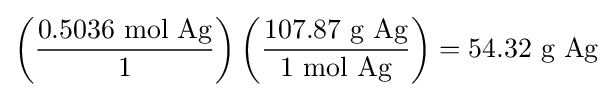
\left({\frac {0.5036{\mbox{ mol Ag}}}{1}}\right)\left({\frac {107.87{\mbox{ g Ag}}}{1{\mbox{ mol Ag}}}}\right)=54.32\ {\text{g Ag}}